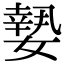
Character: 𡡘